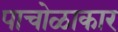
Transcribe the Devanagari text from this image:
पाचोळाकार